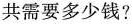
共需要多少钱?